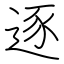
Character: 逐